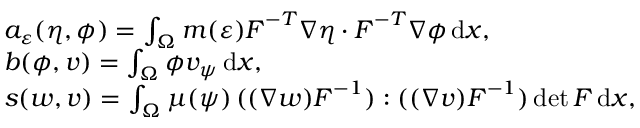
\begin{array} { r l } & { a _ { \varepsilon } ( \eta , \phi ) = \int _ { \Omega } m ( \varepsilon ) \boldsymbol { F } ^ { - T } \nabla \eta \cdot \boldsymbol { F } ^ { - T } \nabla \phi \, \mathrm { d } x , } \\ & { b ( \phi , v ) = \int _ { \Omega } \phi v _ { \psi } \, \mathrm { d } x , } \\ & { s ( \boldsymbol { w } , \boldsymbol { v } ) = \int _ { \Omega } \mu ( \psi ) \, ( ( \nabla \boldsymbol { w } ) \boldsymbol { F } ^ { - 1 } ) : ( ( \nabla \boldsymbol { v } ) \boldsymbol { F } ^ { - 1 } ) \operatorname* { d e t } \boldsymbol { F } \, \mathrm { d } x , } \end{array}